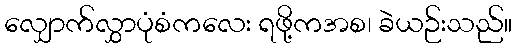
လျှောက်လွှာပုံစံကလေး ရဖို့ကအစ၊ ခဲယဉ်းသည်။